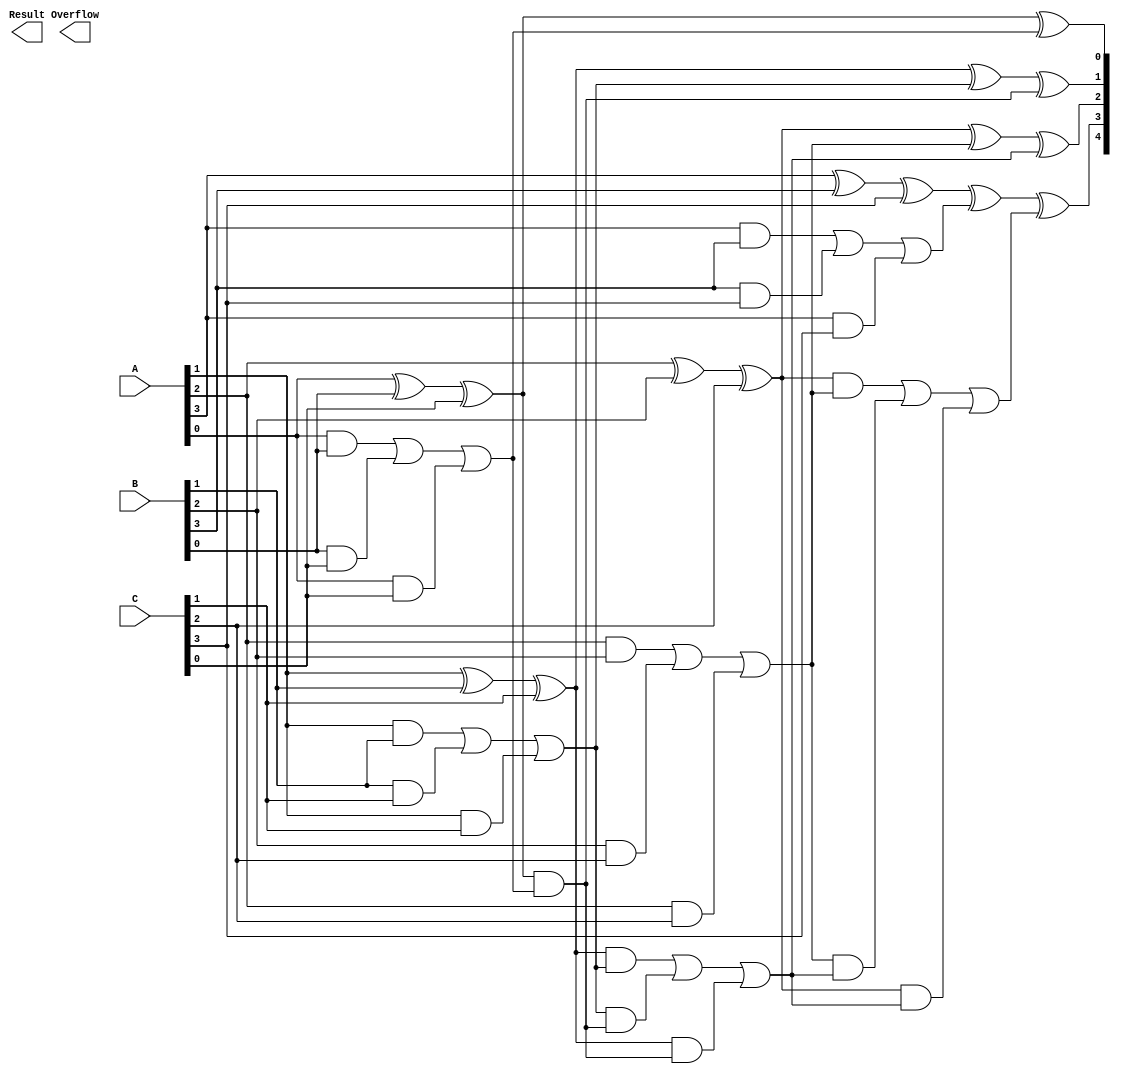
module Parallel_CSA #(parameter n = 4) (
    input [n-1:0] A, // First input
    input [n-1:0] B, // Second input
    input [n-1:0] C, // Third input
    output [n:0] Result, // Final result (n bits + carry)
    output Overflow // Overflow flag
);

// Internal wires for sums and carries
wire [n-1:0] sum;
wire [n-1:0] carry;

// Full adder logic for each bit
genvar i;
generate
    for (i = 0; i < n; i = i + 1) begin : full_adder
        wire a, b, c; // Inputs for the full adder
        assign a = A[i];
        assign b = B[i];
        assign c = C[i];

        // Sum and Carry outputs
        assign sum[i] = a ^ b ^ c; // Sum output
        assign carry[i] = (a & b) | (b & c) | (a & c); // Carry output
    end
endgenerate

// Final carry propagation using Ripple Carry Adder
wire [n-1:0] final_sum;
wire [n-1:0] final_carry;

assign final_sum = sum; // The sum from CSA is directly used
assign final_carry[0] = 0; // Initial carry-in is 0

// Ripple Carry Adder for final carry propagation
generate
    for (i = 0; i < n; i = i + 1) begin : rca
        wire temp_sum, temp_carry;
        assign temp_sum = final_sum[i] ^ carry[i] ^ final_carry[i];
        assign temp_carry = (final_sum[i] & carry[i]) | (carry[i] & final_carry[i]) | (final_sum[i] & final_carry[i]);

        assign Result[i] = temp_sum; // Final result sum
        assign final_carry[i+1] = temp_carry; // Carry to the next stage
    end
endgenerate

// Final result and overflow
assign Result[n] = final_carry[n]; // Final carry output
assign Overflow = final_carry[n]; // Overflow flag

endmodule